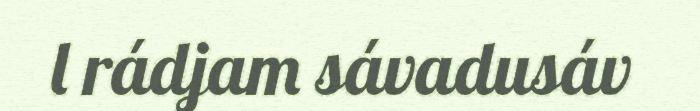
l rádjam sávadusáv